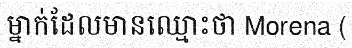
ម្នាក់ដែលមានឈ្មោះថា Morena (